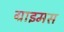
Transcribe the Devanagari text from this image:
ग्राइमस